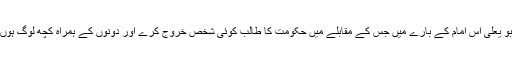
ابو یعلی اس امام کے بارے میں جس کے مقابلے میں حکومت کا طالب کوئی شخص خروج کرے اور دونوں کے ہمراہ کچھ لوگ ہوں۔